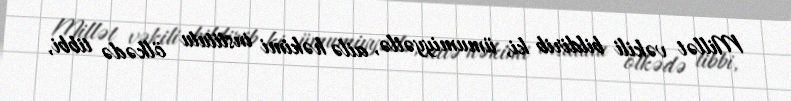
Millət vəkili bildirib ki, ümumiyyətlə, ailə həkimi institutu ölkədə tibbi,